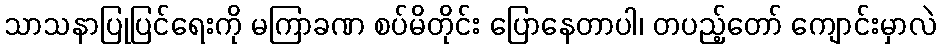
သာသနာပြုပြင်ရေးကို မကြာခဏ စပ်မိတိုင်း ပြောနေတာပါ၊ တပည့်တော် ကျောင်းမှာလဲ